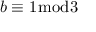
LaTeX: b \equiv 1 { \bmod { 3 } }